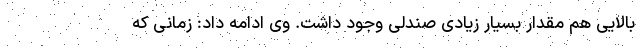
بالایی هم مقدار بسیار زیادی صندلی وجود داشت. وی ادامه داد: زمانی که